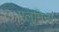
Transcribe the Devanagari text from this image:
एलूमिना